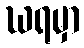
ဃရမှာ